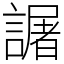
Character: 𧬅